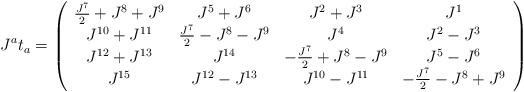
LaTeX: \begin{align*}J^{a}t_{a}=\left( \begin{array}{cccc}\frac{J^{7}}{2}+J^{8}+J^{9} & J^{5}+J^{6} & J^{2}+J^{3} & J^{1} \\ J^{10}+J^{11} & \frac{J^{7}}{2}-J^{8}-J^{9} & J^{4} & J^{2}-J^{3} \\ J^{12}+J^{13} & J^{14} & -\frac{J^{7}}{2}+J^{8}-J^{9} & J^{5}-J^{6} \\ J^{15} & J^{12}-J^{13} & J^{10}-J^{11} & -\frac{J^{7}}{2}-J^{8}+J^{9}\end{array}\right)\end{align*}